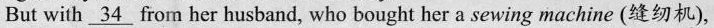
But with \underline{34} from her husband, who bought her a sewing machine (缝纫机),